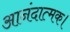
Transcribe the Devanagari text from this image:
आनंदात्मक।